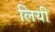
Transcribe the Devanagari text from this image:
लियी